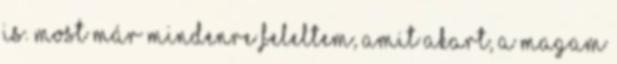
is. Most már mindenre feleltem, amit akart, a magam